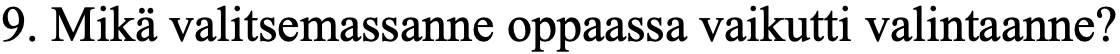
9. Mikä valitsemassanne oppaassa vaikutti valintaanne?